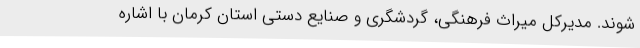
شوند. مدیرکل میراث فرهنگی، گردشگری و صنایع دستی استان کرمان با اشاره